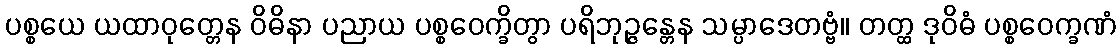
ပစ္စယေ ယထာဝုတ္တေန ဝိဓိနာ ပညာယ ပစ္စဝေက္ခိတွာ ပရိဘုဉ္ဇန္တေန သမ္ပာဒေတဗ္ဗံ။ တတ္ထ ဒုဝိဓံ ပစ္စဝေက္ခဏံ